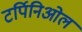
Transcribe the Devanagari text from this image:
टर्पिनिओल